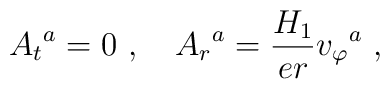
{A_t}^a=0 \ , \ \ \  {A_{r}}^a=\frac{H_1}{er}{v_{\varphi}}^a \ ,